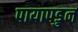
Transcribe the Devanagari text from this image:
पायापडुन